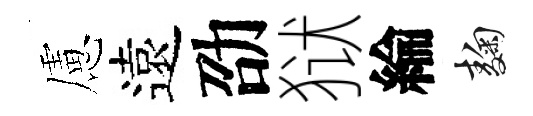
慮遠劭狱綸麹